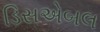
ડિસએબલ